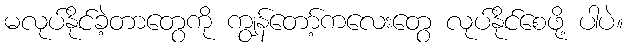
မလုပ်နိုင်ခဲ့တာတွေကို ကျွန်တော့်ကလေးတွေ လုပ်နိုင်စေဖို့ ပါပဲ။